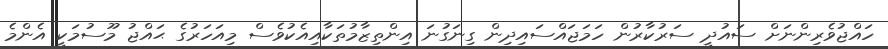
ހައްޖުވެރިންނަށް ސައުދީ ސަރުކާރުން ހަމަޖައްސައިދިން ގިނަގުނަ އިންތިޒާމުތަކާއިއެކުވެސް މިއަަހަރުގެ ޙައްޖު މޫސުމަކީ އެންމެ